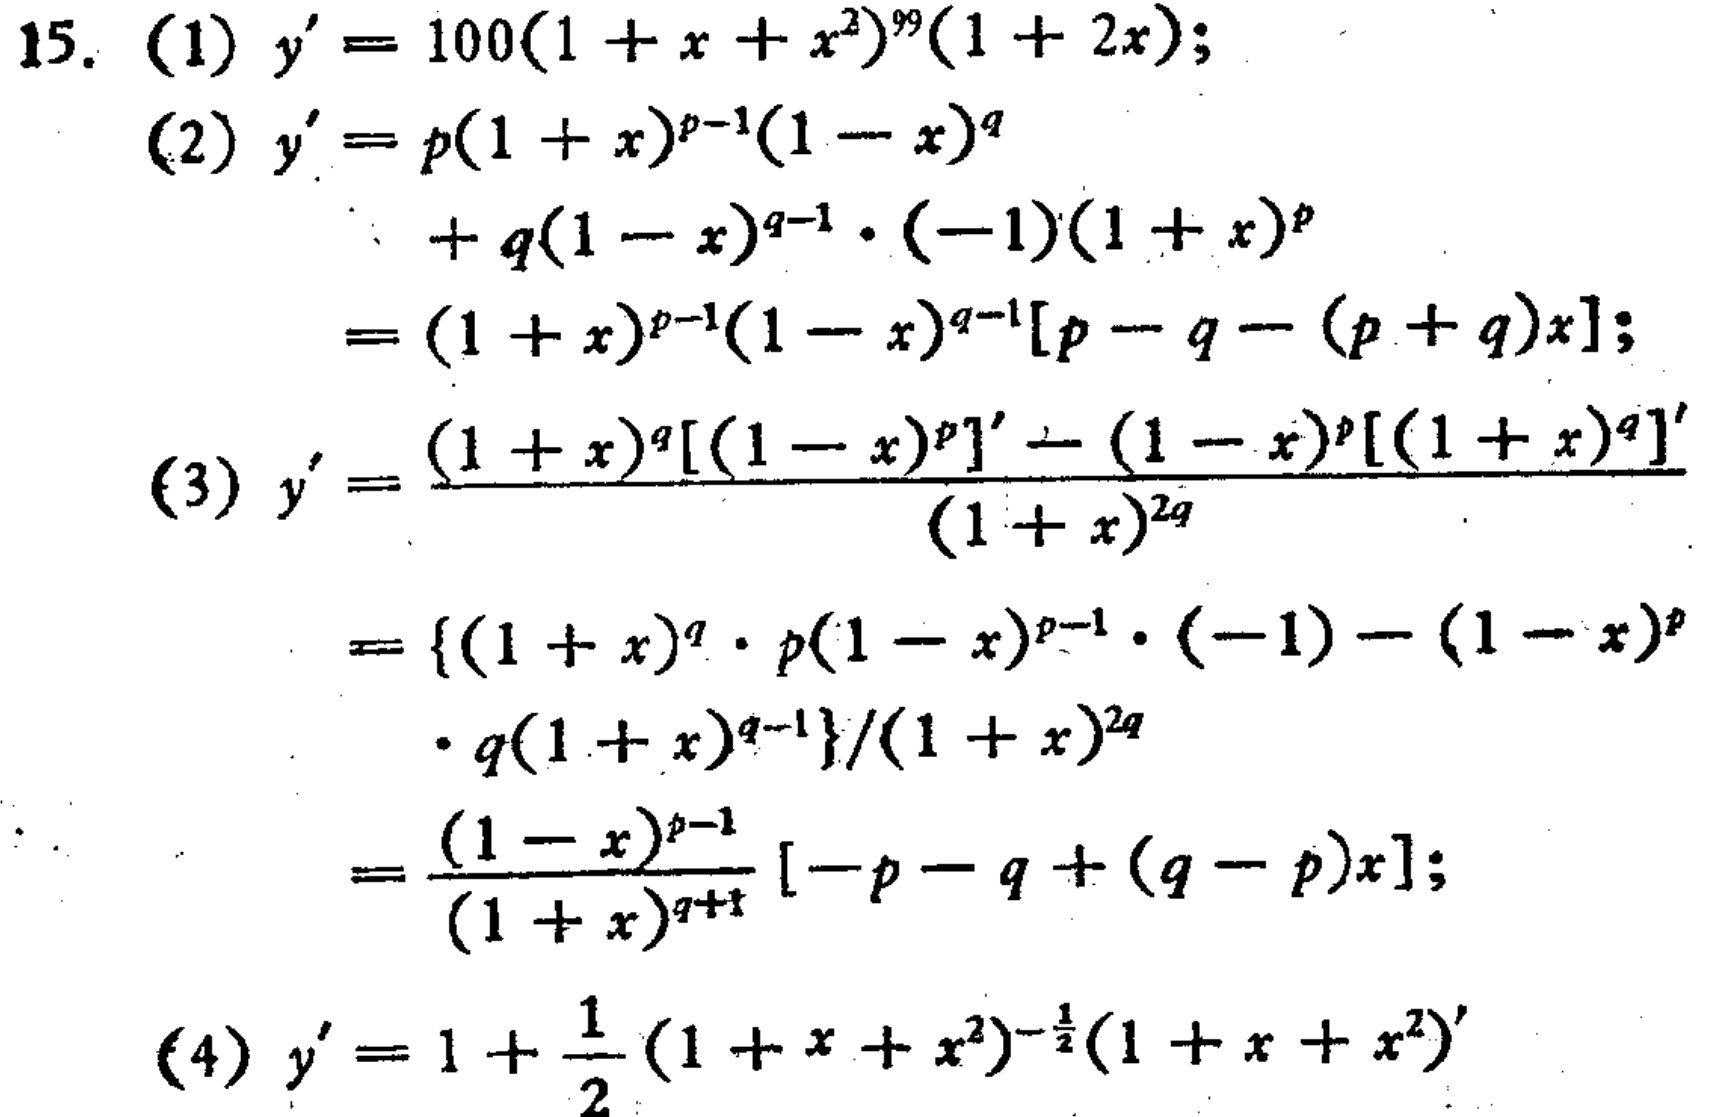
15.
(1) \(y' = 100(1 + x + x^{2})^{99}(1 + 2x)\);
(2) \(y'=p(1 + x)^{p - 1}(1 - x)^{q}+q(1 - x)^{q - 1}\cdot(-1)(1 + x)^{p}=(1 + x)^{p - 1}(1 - x)^{q - 1}[p - q-(p + q)x]\);
(3) \(y'=\frac{(1 + x)^{q}[(1 - x)^{p}]'-(1 - x)^{p}[(1 + x)^{q}]'}{(1 + x)^{2q}}=\frac{\{(1 + x)^{q}\cdot p(1 - x)^{p - 1}\cdot(-1)-(1 - x)^{p}\cdot q(1 + x)^{q - 1}\}}{(1 + x)^{2q}}=\frac{(1 - x)^{p - 1}}{(1 + x)^{q + 1}}[-p - q+(q - p)x]\);
(4) \(y' = 1+\frac{1}{2}(1 + x + x^{2})^{-\frac{1}{2}}(1 + x + x^{2})'\)